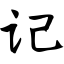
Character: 记